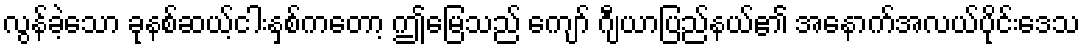
လွန်ခဲ့သော ခုနစ်ဆယ့်ငါးနှစ်ကတော့ ဤမြေသည် ကျော် ဂျီယာပြည်နယ်၏ အနောက်အလယ်ပိုင်းဒေသ